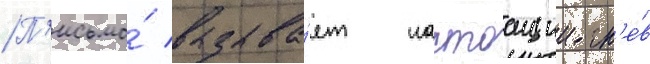
П'исьмо́ вызыва́ет настоащии гн'е́в